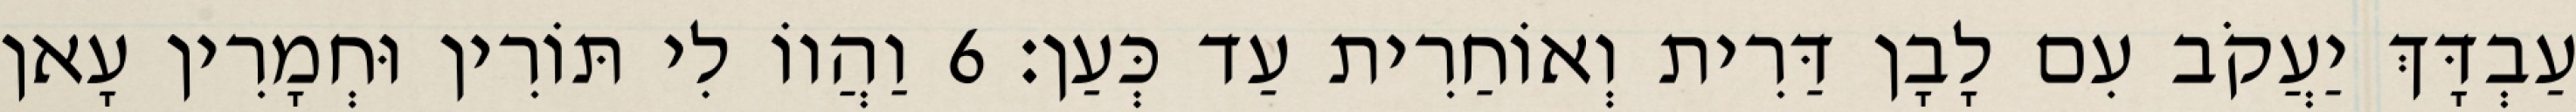
עַבְדָּךְ יַעֲקֹב עִם לָבָן דַּרִית וְאוֹחַרִית עַד כְּעַן׃ 6 וַהֲווֹ לִי תּוֹרִין וּחְמָרִין עָאן